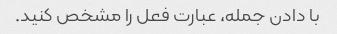
با دادن جمله، عبارت فعل را مشخص کنید.